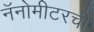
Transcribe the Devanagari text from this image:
नॅनोमीटरची